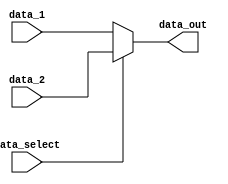
module wb_select_mux(
	input data_select,
	input [31:0] data_1,
	input [31:0] data_2,
	output [31:0] data_out);

	assign data_out = data_select ? data_2 : data_1;

endmodule // wb_select_mux